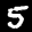
Label: 5